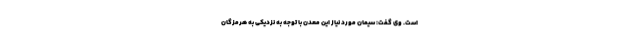
است. وی گفت: سیمان مورد نیاز این معدن با توجه به نزدیکی به هرمزگان